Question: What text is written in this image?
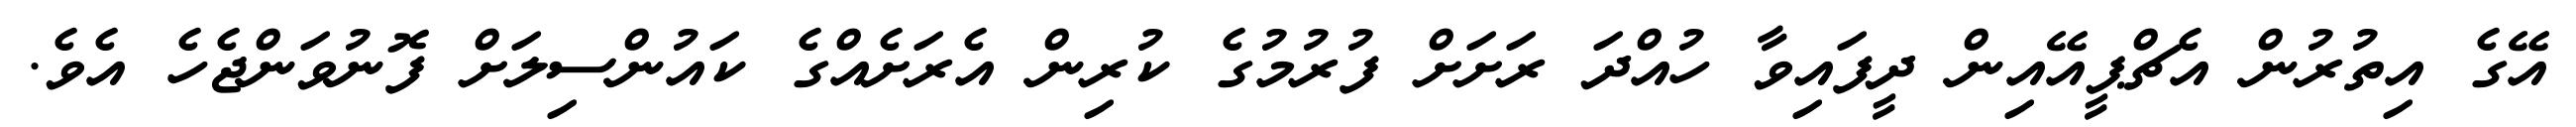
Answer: އޭގެ އިތުރުން އެޗްޕީއޭއިން ދީފައިވާ ހުއްދަ ރަށަށް ފުރުމުގެ ކުރިން އެރަށެއްގެ ކައުންސިލަށް ފޮނުވަންޖެހެ އެވެ.